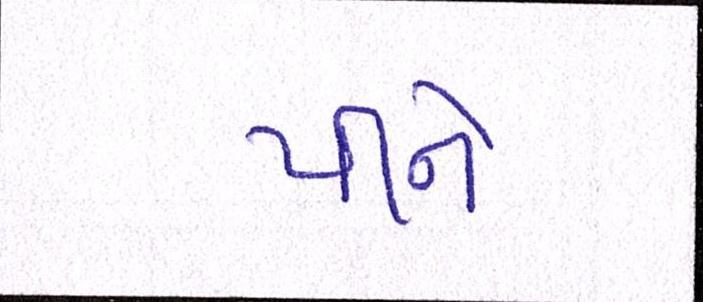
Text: પીને